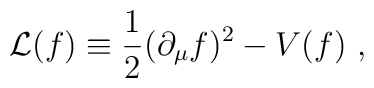
{\cal L}(f) \equiv {1\over 2} (\partial_\mu  f )^2 - V(f) \ ,